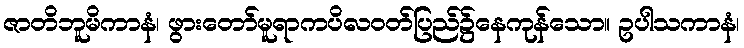
ဇာတိဘူမိကာနံ၊ ဖွားတော်မူရာကပိလဝတ်ပြည်၌နေကုန်သော။ ဥပါသကာနံ၊